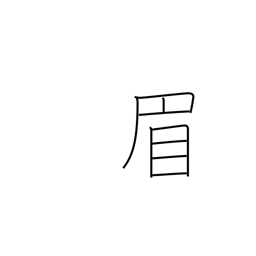
Meaning: eyebrow